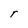
Character: r